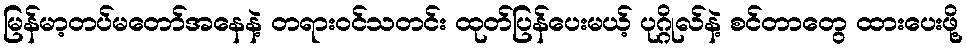
မြန်မာ့တပ်မတော်အနေနဲ့ တရားဝင်သတင်း ထုတ်ပြန်ပေးမယ့် ပုဂ္ဂိုလ်နဲ့ စင်တာတွေ ထားပေးဖို့